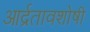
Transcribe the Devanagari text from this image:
आर्द्रतावशोषी